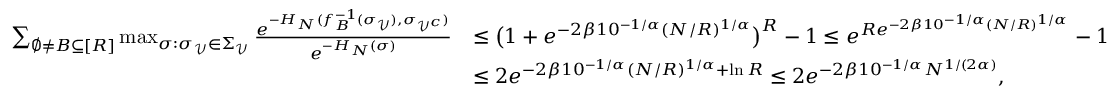
\begin{array} { r l } { \sum _ { \emptyset \ne B \subseteq [ R ] } \operatorname* { m a x } _ { \sigma : \sigma _ { \mathcal { V } } \in \Sigma _ { \mathcal { V } } } \frac { e ^ { - H _ { N } ( f _ { B } ^ { - 1 } ( \sigma _ { \mathcal { V } } ) , \sigma _ { { \mathcal { V } } ^ { c } } ) } } { e ^ { - H _ { N } ( \sigma ) } } } & { \le \bigl ( 1 + e ^ { - 2 \beta 1 0 ^ { - 1 / \alpha } ( N / R ) ^ { 1 / \alpha } } \bigr ) ^ { R } - 1 \le e ^ { R e ^ { - 2 \beta 1 0 ^ { - 1 / \alpha } ( N / R ) ^ { 1 / \alpha } } } - 1 } \\ & { \le 2 e ^ { - 2 \beta 1 0 ^ { - 1 / \alpha } ( N / R ) ^ { 1 / \alpha } + \ln R } \le 2 e ^ { - 2 \beta 1 0 ^ { - 1 / \alpha } N ^ { 1 / ( 2 \alpha ) } } , } \end{array}